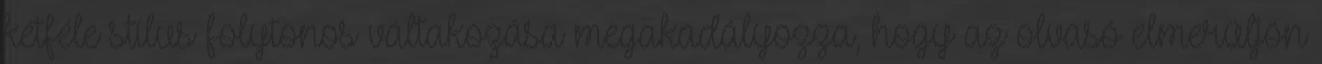
kétféle stílus folytonos váltakozása megakadályozza, hogy az olvasó elmerüljön